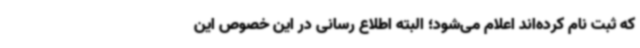
که ثبت نام کرده‌اند اعلام می‌شود؛ البته اطلاع رسانی در این خصوص این